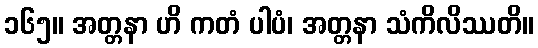
၁၆၅။ အတ္တနာ ဟိ ကတံ ပါပံ၊ အတ္တနာ သံကိလိဿတိ။